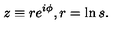
z \equiv r e ^ { i \phi } , r = \ln s .